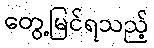
တွေ့မြင်ရသည့်